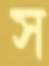
স